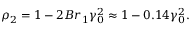
\rho _ { 2 } = 1 - 2 B r _ { 1 } \gamma _ { 0 } ^ { 2 } \approx 1 - 0 . 1 4 \gamma _ { 0 } ^ { 2 } .